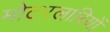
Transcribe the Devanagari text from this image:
मोटरलारियों